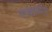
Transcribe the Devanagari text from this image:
स्पष्टार्थता